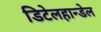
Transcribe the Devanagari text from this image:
डिटेलहान्डेल